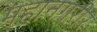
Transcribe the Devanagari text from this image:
महानगरीर